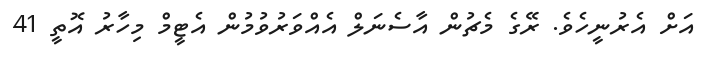
އަށް އެރުނީހެވެ. ރޭގެ މެޗުން އާސެނަލް އެއްވަރުވުމުން އެޓީމް މިހާރު އޮތީ 41